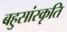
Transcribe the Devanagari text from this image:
बहुसांस्कृति